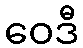
ဝေဒီ